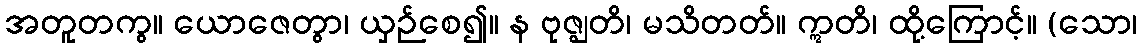
အတူတကွ။ ယောဇေတွာ၊ ယှဉ်စေ၍။ န ဗုဇ္ဈတိ၊ မသိတတ်။ ဣတိ၊ ထို့ကြောင့်။ (သော၊